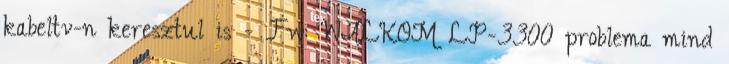
kabeltv-n keresztul is - Fw: WALKOM LP-3300 problema mind